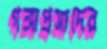
গঙ্গাপ্রসাদের